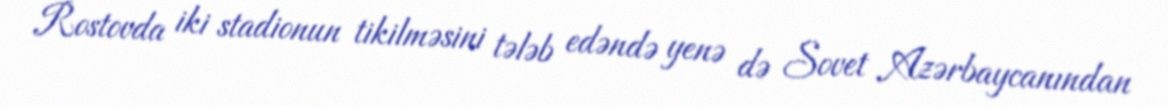
Rostovda iki stadionun tikilməsini tələb edəndə yenə də Sovet Azərbaycanından